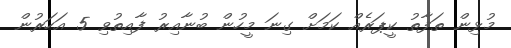
މުޅިން ތަފާތު ކީޕަރެއް ކަމަށް ގިނަ މީހުން ބުނާއިރު ފާއިތުވި 5 އަހަރުން